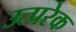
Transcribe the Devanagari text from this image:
उत्प्ररेक